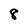
Character: 8